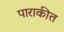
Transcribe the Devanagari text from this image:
पाराकीत